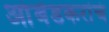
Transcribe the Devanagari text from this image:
आंबेडकरांचं